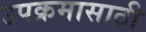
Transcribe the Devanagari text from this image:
उपक्रमासाठी